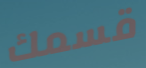
قسمك